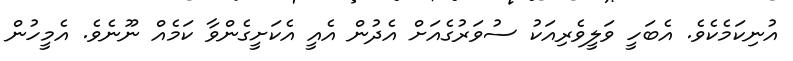
އުނިކަމެކެވެ. އެބަހީ ވަލީވެރިއަކު ސުވަރުގެއަށް އެދުން އެއީ އެކަށީގެންވާ ކަމެއް ނޫނެވެ. އެމީހުން